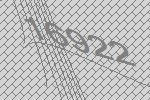
16922